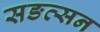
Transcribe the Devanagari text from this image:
सङत्सन